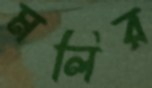
মলির